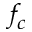
f _ { c }